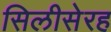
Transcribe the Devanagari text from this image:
सिलीसेरह